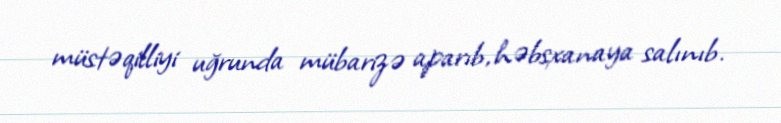
müstəqilliyi uğrunda mübarizə aparıb, həbsxanaya salınıb.